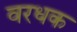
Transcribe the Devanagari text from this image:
वरधक